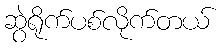
ဆွဲရိုက်ပစ်လိုက်တယ်